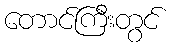
တောင်ကြီးတွင်